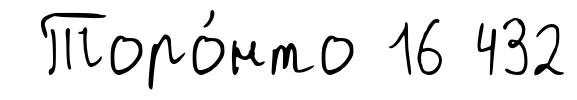
Торо́нто 16 432